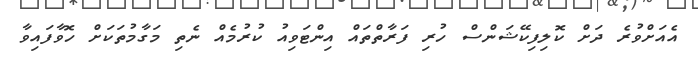
އެއަށްވުރެ ދަށް ކޮލިފިކޭޝަންސް ހުރި ފަރާތްތައް އިންޓަވިއު ކުރުމެއް ނެތި މަގާމުތަކަށް ހޮވާފައިވާ